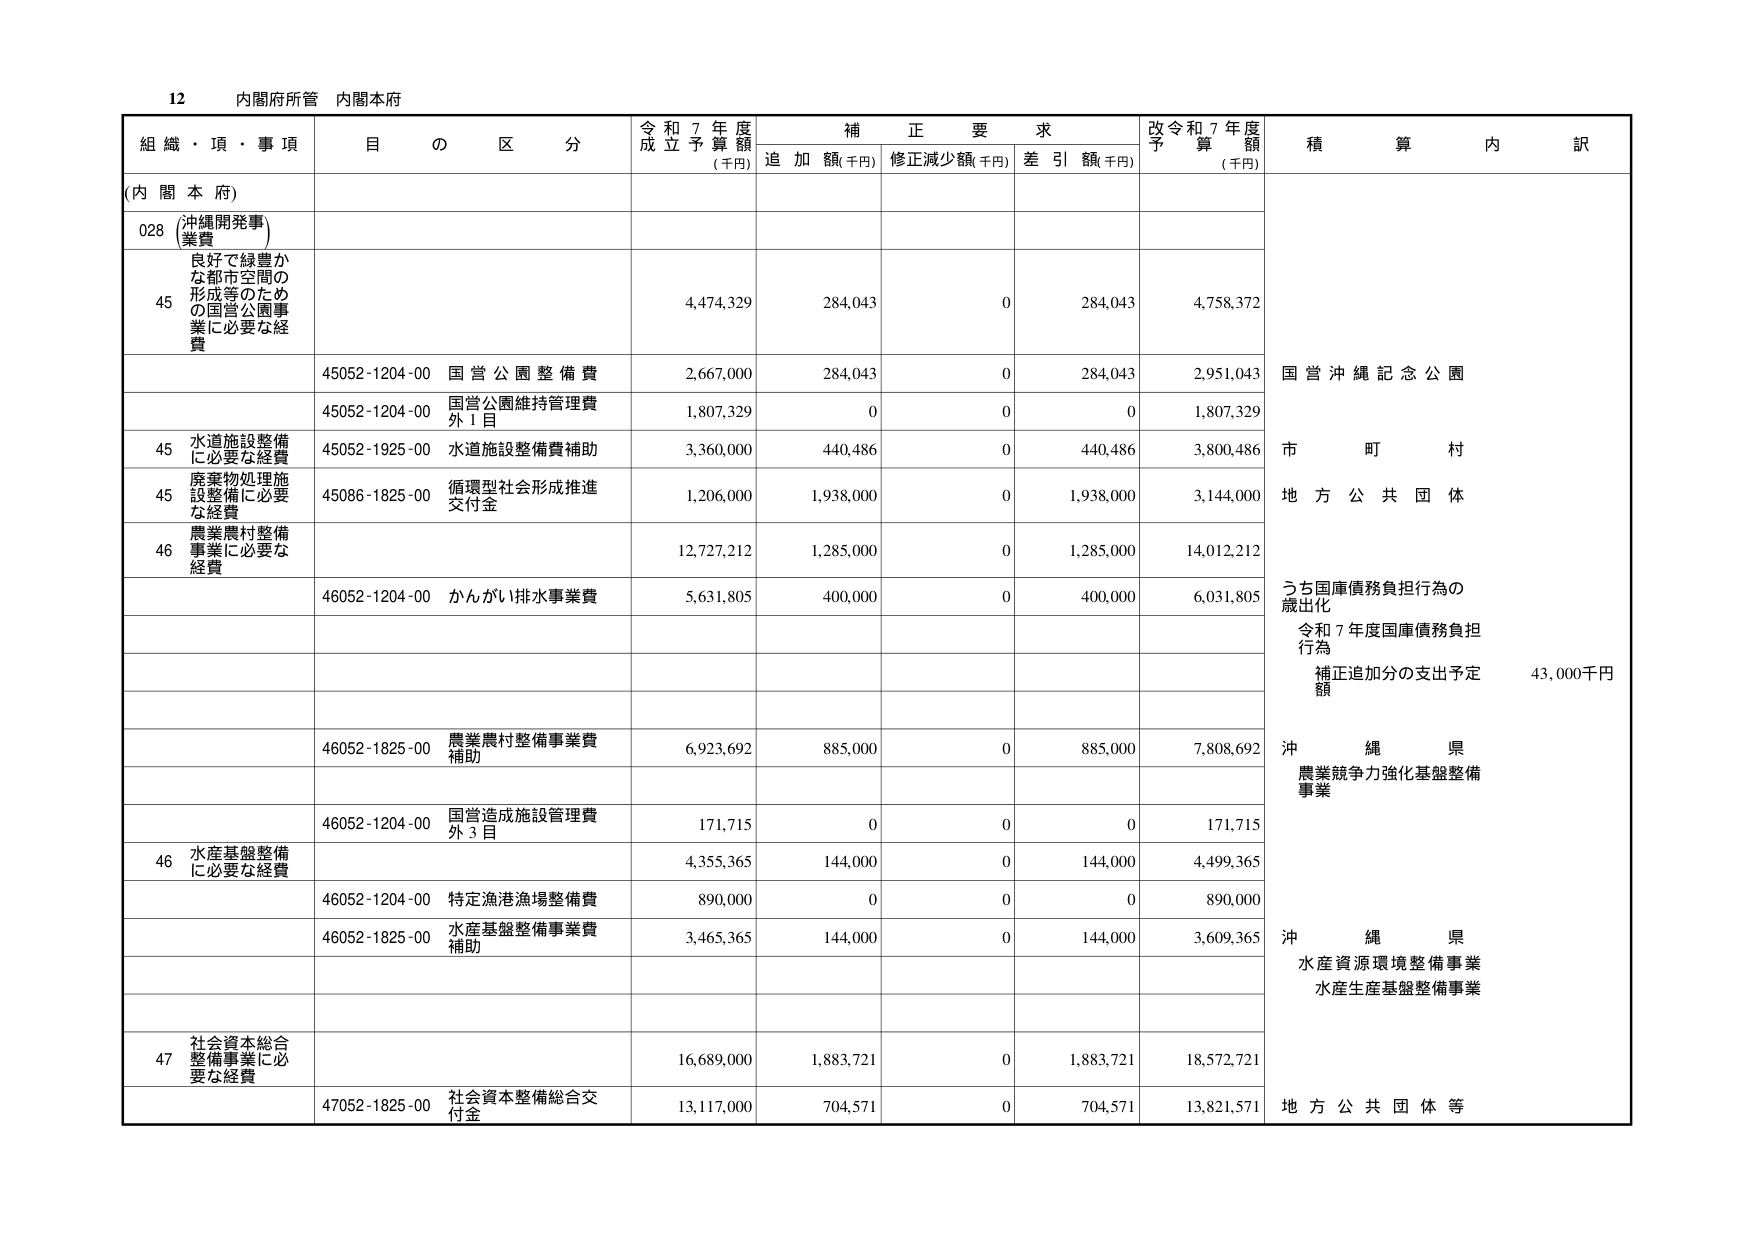
12 内閣府所管 内閣本府

組織・項・事項 目の区分 令和7年度成立予算額(千円) 補正要求 追加額(千円) 修正減少額(千円) 差引額(千円) 改令和7年度予算額(千円) 積算内訳

(内閣本府)

028 (沖縄開発事業費)

45 良好で緑豊かな都市空間の形成等のための国営公園事業に必要な経費 4,474,329 284,043 0 284,043 4,758,372

45052-1204-00 国営公園整備費 2,667,000 284,043 0 284,043 2,951,043 国営沖縄記念公園

45052-1204-00 国営公園維持管理費外1目 1,807,329 0 0 0 1,807,329

45 水道施設整備に必要な経費 45052-1925-00 水道施設整備費補助 3,360,000 440,486 0 440,486 3,800,486 市町村

45 廃棄物処理施設整備に必要な経費 45086-1825-00 循環型社会形成推進交付金 1,206,000 1,938,000 0 1,938,000 3,144,000 地方公共団体

46 農業農村整備事業に必要な経費 12,727,212 1,285,000 0 1,285,000 14,012,212

46052-1204-00 かんがい排水事業費 5,631,805 400,000 0 400,000 6,031,805 うち国庫債務負担行為の歳出化 令和7年度国庫債務負担行為 補正追加分の支出予定額 43,000千円

46052-1825-00 農業農村整備事業費補助 6,923,692 885,000 0 885,000 7,808,692 沖縄県 農業競争力強化基盤整備事業

46052-1204-00 国営造成施設管理費外3目 171,715 0 0 0 171,715

46 水産基盤整備に必要な経費 4,355,365 144,000 0 144,000 4,499,365

46052-1204-00 特定漁港漁場整備費 890,000 0 0 0 890,000

46052-1825-00 水産基盤整備事業費補助 3,465,365 144,000 0 144,000 3,609,365 沖縄県 水産資源環境整備事業 水産生産基盤整備事業

47 社会資本総合整備事業に必要な経費 16,689,000 1,883,721 0 1,883,721 18,572,721

47052-1825-00 社会資本整備総合交付金 13,117,000 704,571 0 704,571 13,821,571 地方公共団体等